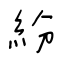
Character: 紛